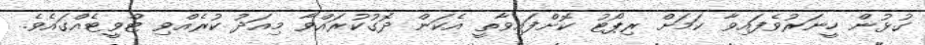
ގުޅުން ހީނަރުވެފައިވާ ކަމަށް ރިޕޯޓު ކޮށްފައިވާތީ އެކަން ދޮގުކުރައްވާ މިއަދު ކުރެއްވި ޓްވީޓެއްގައެވެ.